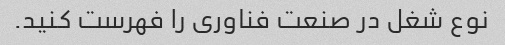
نوع شغل در صنعت فناوری را فهرست کنید.